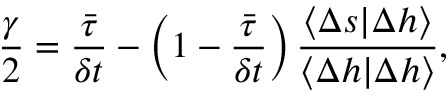
\frac { \gamma } { 2 } = \frac { \bar { \tau } } { \delta t } - \left( 1 - \frac { \bar { \tau } } { \delta t } \right) \frac { \langle \Delta s \lvert \Delta h \rangle } { \langle \Delta h \lvert \Delta h \rangle } ,